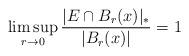
LaTeX: \begin{align*}\limsup_{r\to 0}\dfrac{|E\cap B_r(x)|_*}{|B_r(x)|}=1\end{align*}